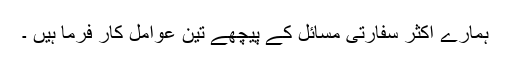
ہمارے اکثر سفارتی مسائل کے پیچھے تین عوامل کار فرما ہیں ۔